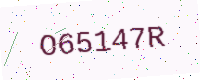
Text: O65147R